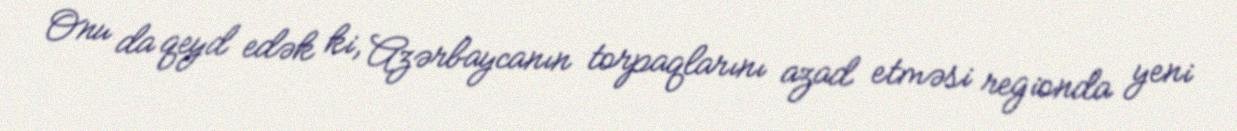
Onu da qeyd edək ki, Azərbaycanın torpaqlarını azad etməsi regionda yeni